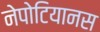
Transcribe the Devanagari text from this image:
नेपोटियानस